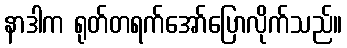
နာဒါက ရုတ်တရက်အော်ပြောလိုက်သည်။